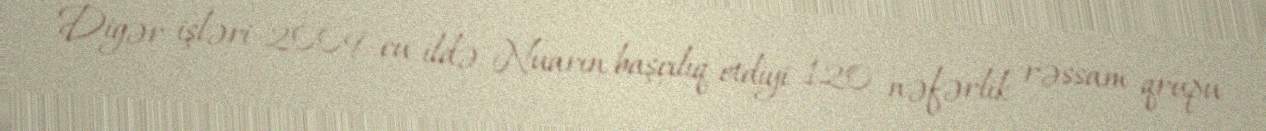
Digər işləri 2009-cu ildə Nuarın başçılıq etdiyi 120 nəfərlik rəssam qrupu